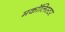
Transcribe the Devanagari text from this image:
मकॉलिस्टर